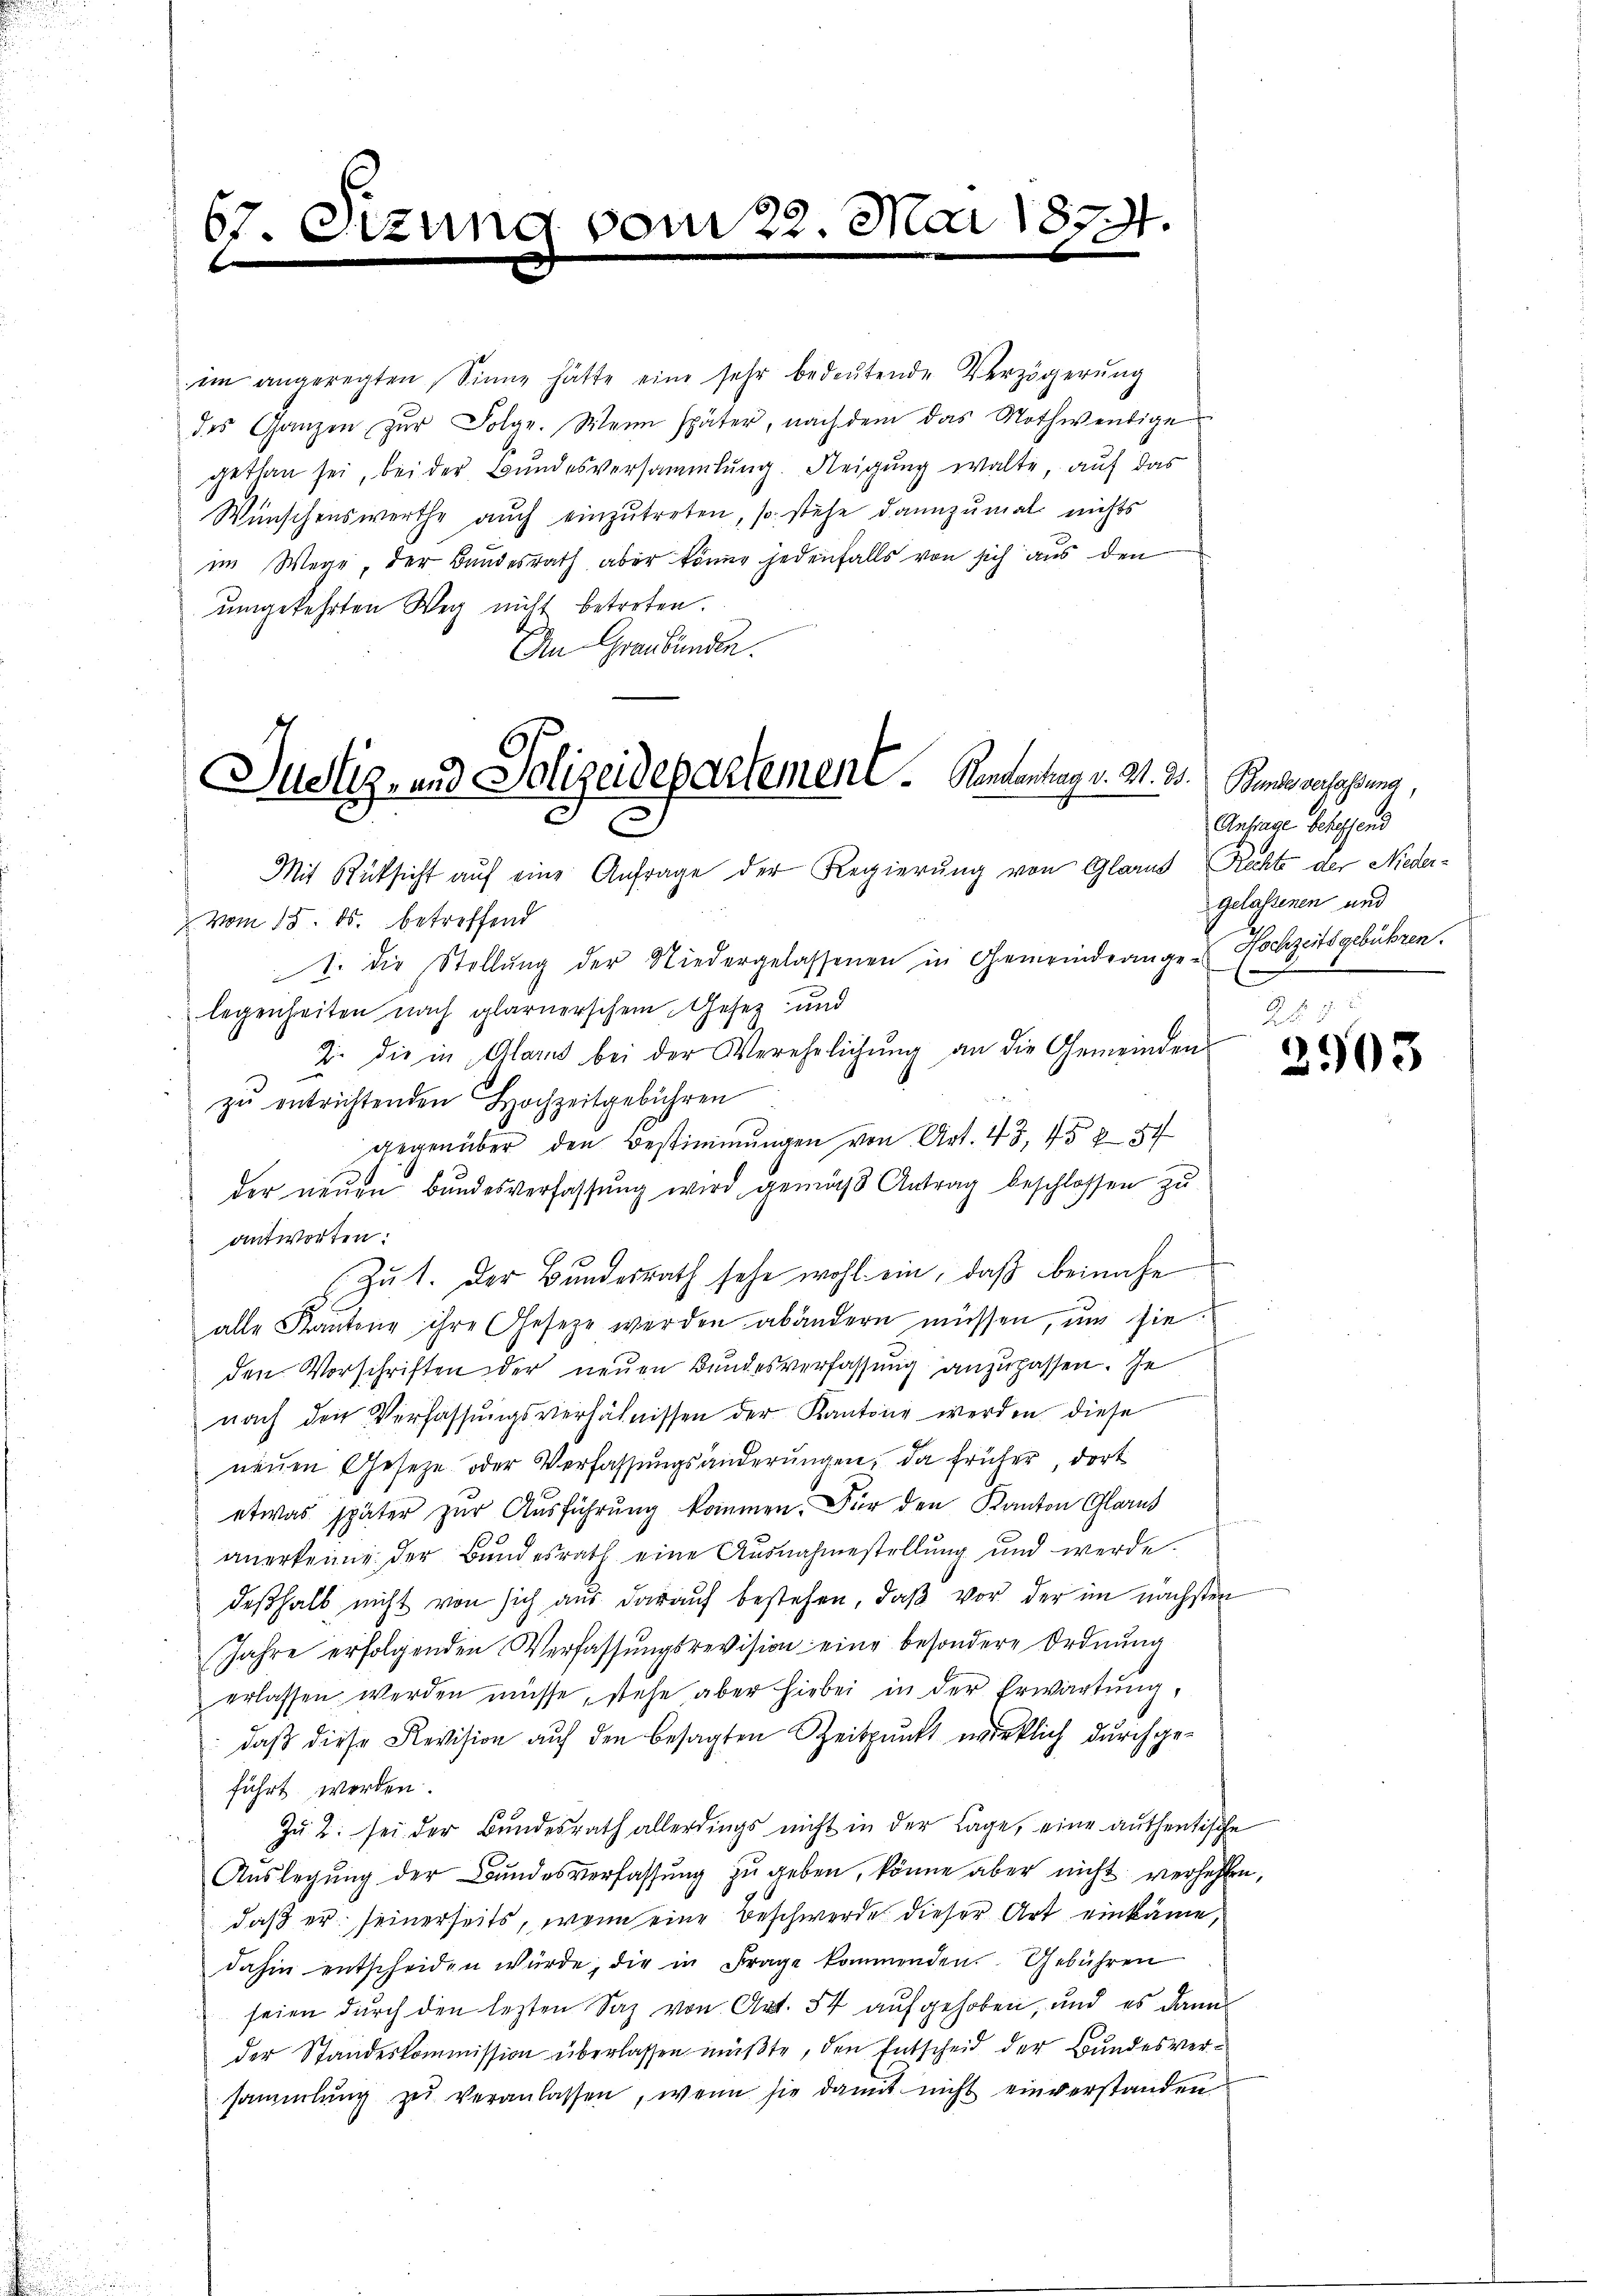
67. Di

an

im angeregten Sinne hätte eine sehr bedeŭtende Verzögerŭng
des Ganzen zŭr Folge. Wenn später, nach dem das Nothwendige
gethan sei, bei der Bundesversammlung. Neigung walte, auf das
Wünschenswerthe auch einzutreten, so stehe dannzumal nichts
im Wege, der Bundesrath aber könne jedenfalls von sich aus den
umgekehrten Weg nicht betreten.
An Graubünden.
Mit Rücksicht auf eine Anfrage der Regierung von Glarus, Rechte der Nieder-
vom 15. ds. betreffend
1. die Stellŭng der Niedergelassenen in Gemeindrange Hochzeitsgebühren.
legenheiten nach glarnerschein Gesez und
2. die in Glarus bei der Verehelichung an die Gemeinden
zu entrichtenden Hochzeitgebühren
gegenüber den Bestimmungen von Art. 43, 15884
der neuen Bundesverfassung wird gemäß Antrag beschlossen zu
antworten:
Zut. Der Bundesrath sehe wohl ein, daß beinahe
w
alle Kantone ihre Gesetze werden abändern müssen, um sie
den Vorschriften der neuen Bundesverfassung anzupassen. Je
nach den Verfassungsverhälnissen der Kantone werden diese
neuen Gesetze oder Verfassungsänderungen, da früher, dort
etwas später zŭr Aŭsführŭng kommen. Für den Kanton Glarus
anerkenne der Bundesrath eine Ausnahmestellung und werde.
deßhalb nicht von sich aus darauf bestehen, daß vor der im nächsten
Jahre erfolgenden Verfassungsrevision eine besondere Ordnung
erlassen werden müsse, stehe aber hiebei in der Erwartung,
daß diese Revision auf den besagten Zeitpunkt wirklich durchgeführt werden.
Zŭ 2. sei der Bŭndesrath allerdings nicht in der Lage, eine authentische
Aŭslegŭng der Bundesverfassŭng zŭ geben, könne aber nicht verhehlen
daß er seinerseits, wenn eine Beschwerde dieser Art einkäme,
dahin entscheiden würde, die in Frage kommenden. Gebühren
seien durch den lezten Saz von Art. 54 aufgehoben, und es dann
der Standeskommission überlassen müßte, den Entscheid der Bundesversammlung zu veranlassen, wenn sie damit nicht einverstanden

Justiz- und Polizeidepartement. Kindentrag v. 3. 35. Bandesverfassung,
e

vom 22. Mai 1879.

Anfrage Schaffend
Gelassenen und
E

2f 32
2903